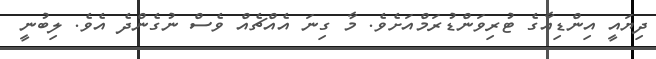
ދިޔައީ އިންޑިއާގެ ޓުރިވަންޑުރަމްއަށެވެ. މާ ގިނަ އެއްޗެއް ވެސް ނުގެންދެ އެވެ. ލިބުނީ